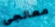
معالجي